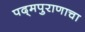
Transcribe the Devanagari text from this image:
पद्‌मपुराणाचा